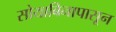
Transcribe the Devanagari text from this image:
सोयाबिनापासून